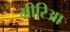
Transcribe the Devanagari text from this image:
मीरिआ